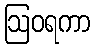
ဩဝရကာ